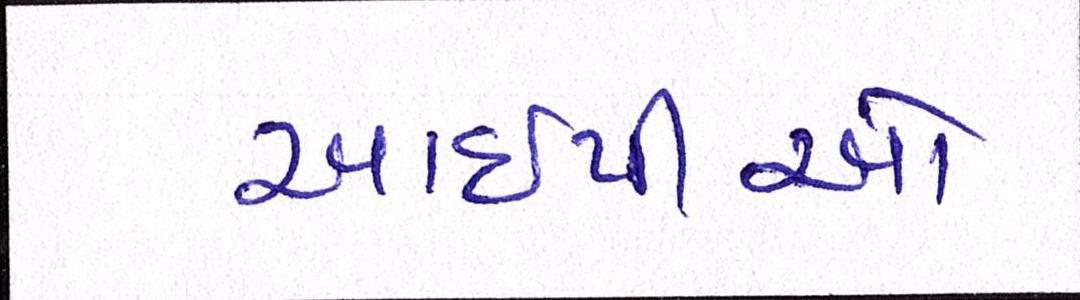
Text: આઈપીઓ